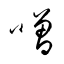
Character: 噌